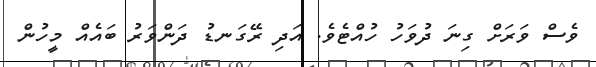
ވެސް ވަރަށް ގިނަ ދުވަހު ހުއްޓެވެ. އަދި ރޭގަނޑު ދަންވަރު ބައެއް މީހުން